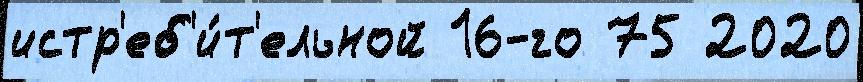
истр'еб'и́т'ельной 16-го 75 2020